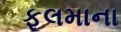
ફૂલમાના